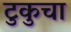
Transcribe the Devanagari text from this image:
टुकुचा